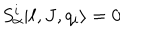
S _ { \alpha } ^ { i } | \ell , J , q _ { i } \rangle = 0